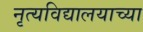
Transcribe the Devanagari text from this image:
नृत्यविद्यालयाच्या